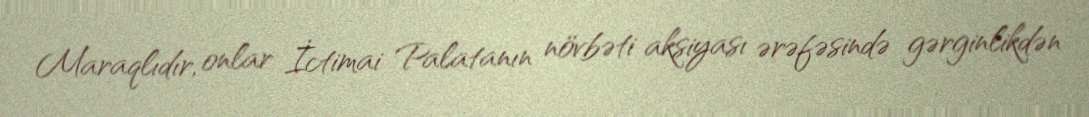
Maraqlıdır, onlar İctimai Palatanın növbəti aksiyası ərəfəsində gərginlikdən